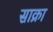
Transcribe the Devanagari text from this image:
साक्रा